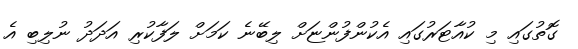
ގޮތުގައި މި ކުއާޓަރުގައި އެކުންފުންޏަށް ލިބޭނެ ކަމަށް ލަފާކުރި އަދަދު ނުލިބި އެ